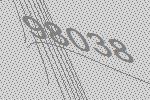
98038